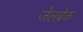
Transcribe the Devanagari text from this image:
जेलब्रेक